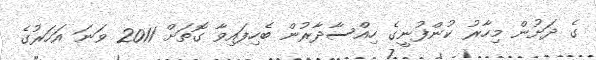
ގެ ދަށުން މިހާރު ކުންފުނީގެ ހިއްސާދާރުން ބެހިފައިވާ ގޮތަށް 2011 ވަނަ އަހަރުގެ